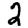
Digit: 2